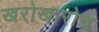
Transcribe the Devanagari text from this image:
खरोखारोच